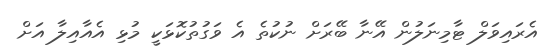
އެރައިވަލް ޓާމިނަލުން އޭނާ ބޭރަށް ނުކުތެ އެ ވަގުތުކޮޅަކީ މުޅި އެއާއިލާ އަށް